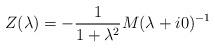
LaTeX: \begin{align*} Z(\lambda) = -\frac{1}{1+\lambda^2} {M(\lambda+i0)^{-1}}\end{align*}